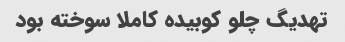
تهدیگ چلو کوبیده کاملا سوخته بود